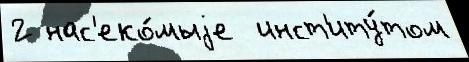
2 нас'еко́мыjе  инст'иту́том